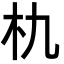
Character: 朹